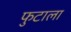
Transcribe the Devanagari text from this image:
फुटाला